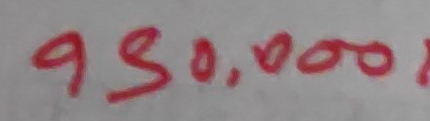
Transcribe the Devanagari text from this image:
९५०,०००